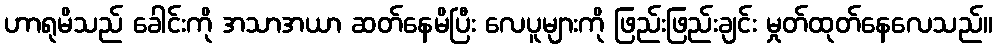
ဟာရုမိသည် ခေါင်းကို အသာအယာ ဆတ်နေမိပြီး လေပူများကို ဖြည်းဖြည်းချင်း မှုတ်ထုတ်နေလေသည်။